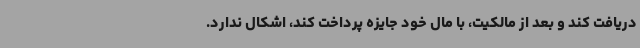
دریافت کند و بعد از مالکیت، با مال خود جایزه پرداخت کند، اشکال ندارد.